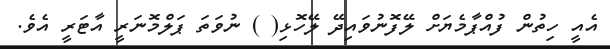
އެއީ ހިތުން ފުއްޕާމެޔަށް ލޭފޮނުވައިދޭ ލޭހޮޅި( ) ނުވަތަ ޕަލްމޮނަރީ އާޓަރީ އެވެ.